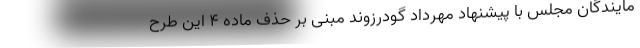
مایندگان مجلس با پیشنهاد مهرداد گودرزوند مبنی بر حذف ماده ۴ این طرح